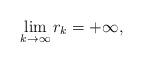
LaTeX: \begin{align*} \lim_{k \to \infty} r_{k} = +\infty, \end{align*}